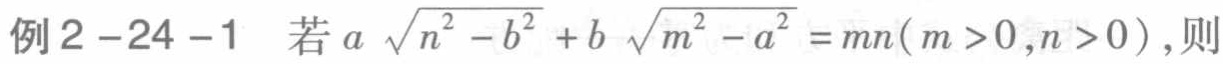
例2-24-1 若\(a\sqrt{n^{2}-b^{2}} + b\sqrt{m^{2}-a^{2}} = mn(m > 0,n > 0)\)，则